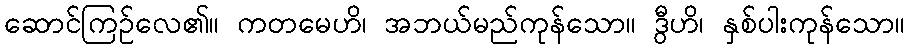
ဆောင်ကြဉ်လေ၏။ ကတမေဟိ၊ အဘယ်မည်ကုန်သော။ ဒွီဟိ၊ နှစ်ပါးကုန်သော။